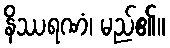
နိဿရဏံ၊ မည်၏။